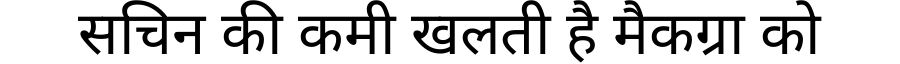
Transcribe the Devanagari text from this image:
सचिन की कमी खलती है मैकग्रा को